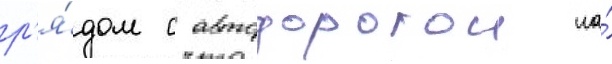
р'я́дом с автодорогои на́